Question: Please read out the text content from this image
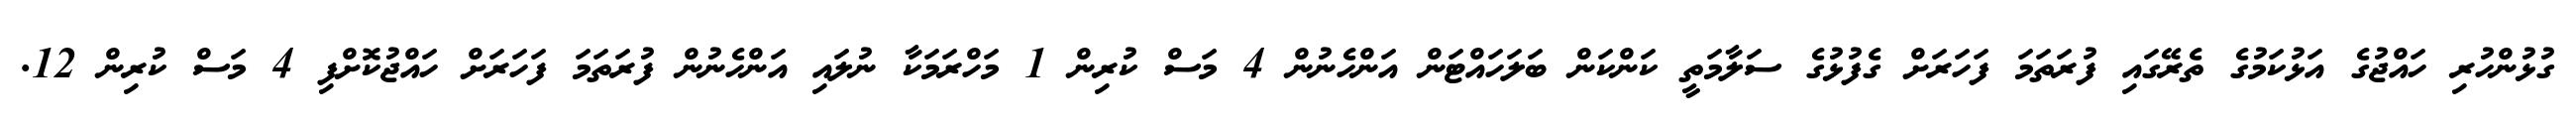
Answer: ގުޅުންހުރި ހައްޖުގެ އަޅުކަމުގެ ތެރޭގައި ފުރަތަމަ ފަހަރަށް ގެފުޅުގެ ސަލާމަތީ ކަންކަން ބަލަހައްޓަން އަންހެނުން 4 މަސް ކުރިން 1 މަހްރަމަކާ ނުލައި އަންހެނުން ފުރަތަމަ ފަހަރަށް ހައްޖުކޮށްފި 4 މަސް ކުރިން 12.